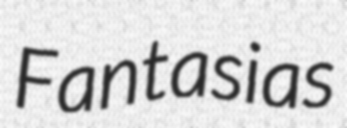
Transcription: Fantasias